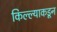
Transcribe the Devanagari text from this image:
किल्ल्याकडून